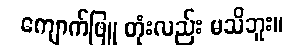
ကျောက်ဖြူ တုံးလည်း မသိဘူး။